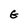
Character: G